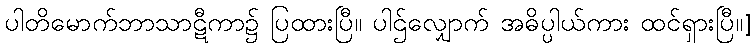
ပါတိမောက်ဘာသာဋီကာ၌ ပြထားပြီ။ ပါဌ်လျှောက် အဓိပ္ပါယ်ကား ထင်ရှားပြီ။]